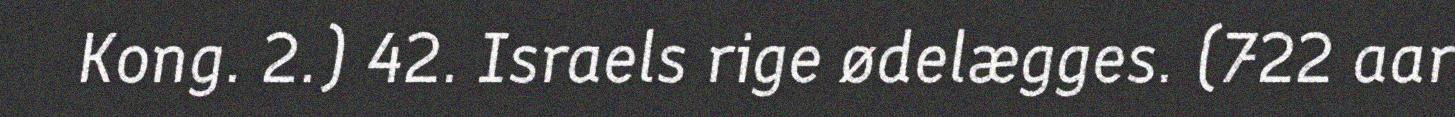
Kong. 2.) 42. Israels rige ødelægges. (722 aar